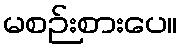
မစဉ်းစားပေ။